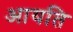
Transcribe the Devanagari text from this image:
आयति